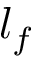
l _ { f }